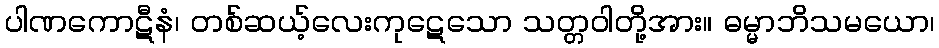
ပါဏကောဋီနံ၊ တစ်ဆယ့်လေးကုဋေသော သတ္တဝါတို့အား။ ဓမ္မာဘိသမယော၊